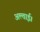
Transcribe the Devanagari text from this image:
अल्ताई।